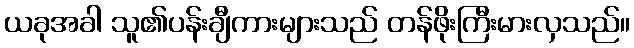
ယခုအခါ သူ၏ပန်းချီကားများသည် တန်ဖိုးကြီးမားလှသည်။